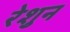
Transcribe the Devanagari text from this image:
रेशुन